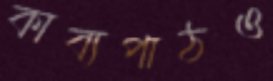
কাব্যপাঠও